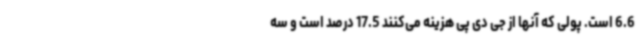
6.6 است. پولی که آنها از جی دی پی هزینه می‌کنند 17‌.5 درصد است و سه